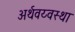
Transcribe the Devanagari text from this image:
अर्थवय्वस्था